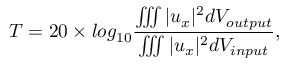
T = 2 0 \times l o g _ { 1 0 } \frac { \iiint | u _ { x } | ^ { 2 } d V _ { o u t p u t } } { \iiint | u _ { x } | ^ { 2 } d V _ { i n p u t } } ,